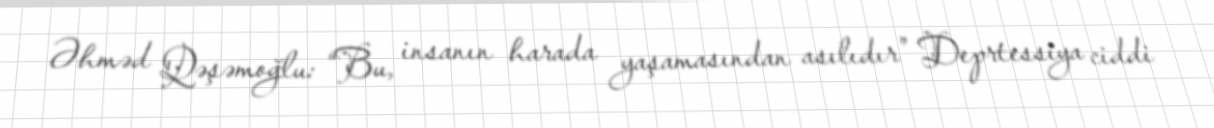
Əhməd Qəşəmoğlu: “Bu, insanın harada yaşamasından asılıdır” Deprtessiya ciddi